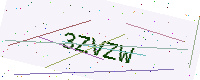
Text: 3ZVZW